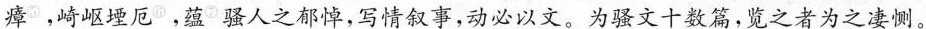
瘴^{⑤}，崎岖堙厄^{⑥}，蕴^{⑦}骚人之郁悼，写情叙事，动必以文。为骚文十数篇，览之者为之凄恻。